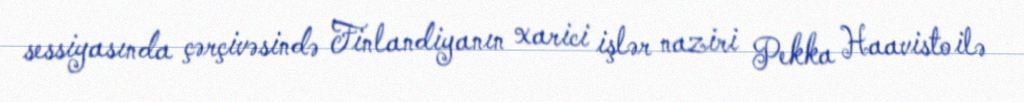
sessiyasında çərçivəsində Finlandiyanın xarici işlər naziri Pekka Haavisto ilə